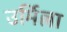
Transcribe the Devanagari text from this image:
उर्मिल्ला